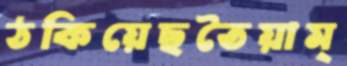
ঠকিয়েছতৈয়াম্